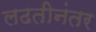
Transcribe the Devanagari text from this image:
लढतीनंतर